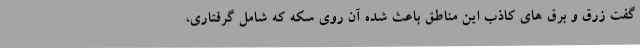
گفت زرق و برق های کاذب این مناطق باعث شده آن روی سکه که شامل گرفتاری،